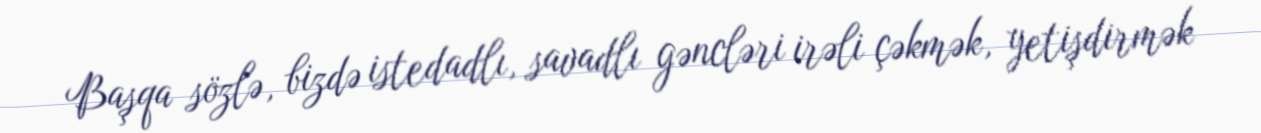
Başqa sözlə, bizdə istedadlı, savadlı gəncləri irəli çəkmək, yetişdirmək